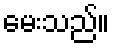
မေးသည်။